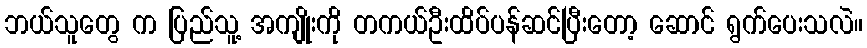
ဘယ်သူတွေ က ပြည်သူ့ အကျိုးကို တကယ်ဦးထိပ်ပန်ဆင်ပြီးတော့ ဆောင် ရွက်ပေးသလဲ။